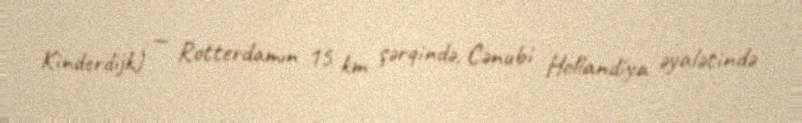
Kinderdijk) — Rotterdamın 15 km şərqində, Cənubi Hollandiya əyalətində